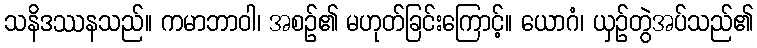
သနိဒဿနသည်။ ကမာဘာဝါ၊ အစဉ်၏ မဟုတ်ခြင်းကြောင့်။ ယောဂံ၊ ယှဉ်တွဲအပ်သည်၏